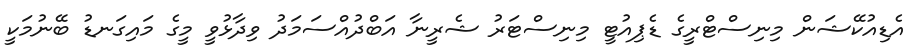
އެޑިއުކޭޝަން މިނިސްޓްރީގެ ޑެޕިއުޓީ މިނިސްޓަރު ޝެރީނާ އަބްދުއްސަމަދު ވިދާޅުވީ މީގެ މައިގަނޑު ބޭނުމަކީ